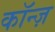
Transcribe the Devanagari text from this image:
कॉन्ज़